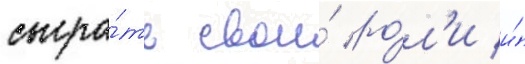
сыгра́ть свои́ ро́л'и и́